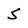
Character: 5